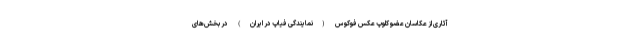
آثاری از عکاسان عضو کلوپ عکس فوکوس (نمایندگی فیاپ در ایران) در بخش‌های